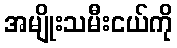
အမျိုးသမီးငယ်ကို